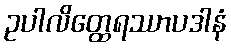
ဥပါလိတ္ထေရဿာပဒါနံ